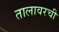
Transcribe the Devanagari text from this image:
तालावरची